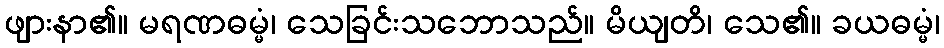
ဖျားနာ၏။ မရဏဓမ္မံ၊ သေခြင်းသဘောသည်။ မိယျတိ၊ သေ၏။ ခယဓမ္မံ၊